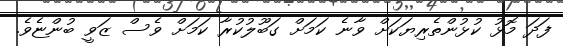
ފަދަ މޮޅު ކުޅުންތެރިޔަކަށް ވާނެ ކަމަށް ގަބޫލުކުރާ ކަމަށް ވެސް ޒަވީ ބުންޏެވެ.